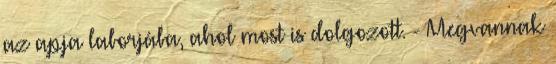
az apja laborjába, ahol most is dolgozott. - Megvannak